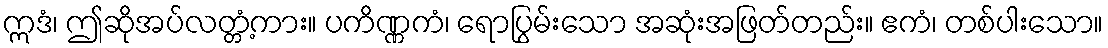
ဣဒံ၊ ဤဆိုအပ်လတ္တံ့ကား။ ပကိဏ္ဏကံ၊ ရောပြွမ်းသော အဆုံးအဖြတ်တည်း။ ဧကံ၊ တစ်ပါးသော။